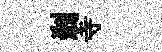
剎寺